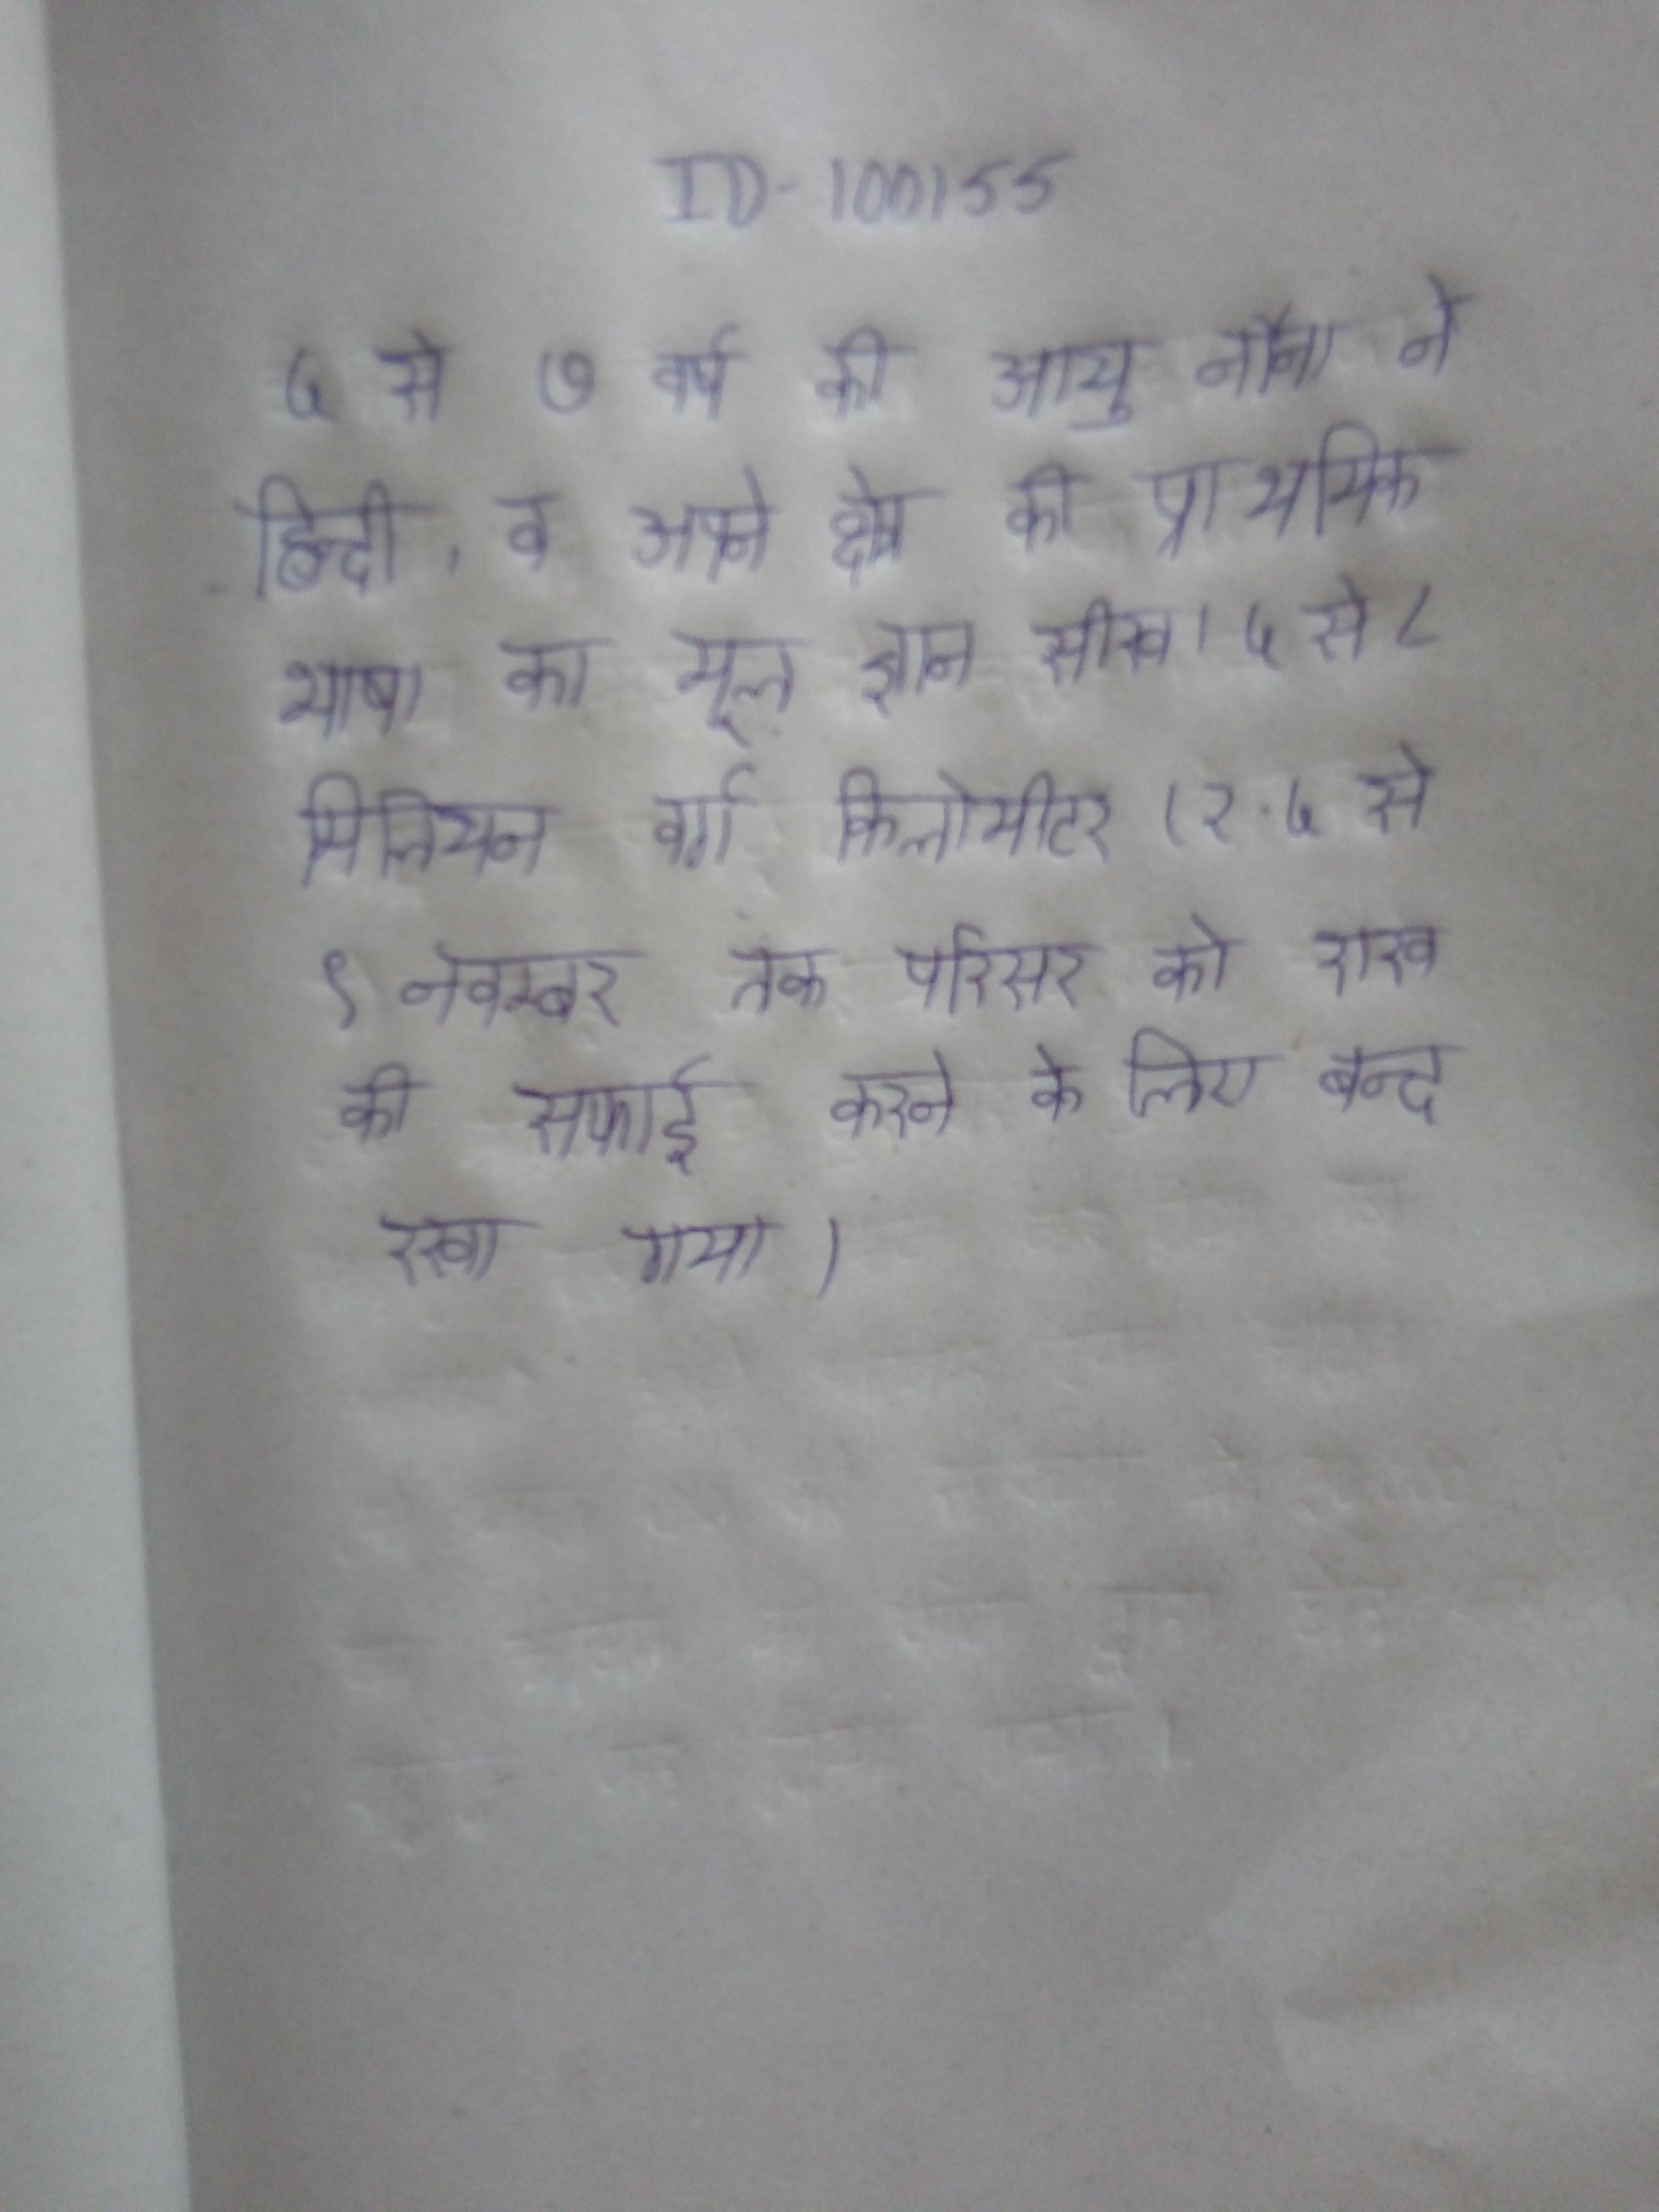
५ से ७ वर्ष की आयु नैना ने हिन्दी, व अपने क्षेत्र की प्राथमिक भाषा का मूल ज्ञान सीखा । ५ से ८ मिलियन वर्ग किलोमीटर (२ . ५ से ९ नवम्बर तक परिसर को राख की सफाई करने के लिए बन्द रखा गया ।